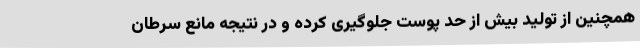
همچنین از تولید بیش از حد پوست جلوگیری کرده و در نتیجه مانع سرطان